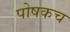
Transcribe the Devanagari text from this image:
पोषकच